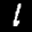
Label: 1